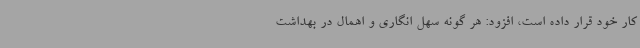
کار خود قرار داده است، افزود: هر گونه سهل انگاری و اهمال در بهداشت